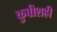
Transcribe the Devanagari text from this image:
कुबीशही